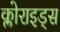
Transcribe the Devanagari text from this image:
क्लोराइड्स